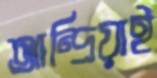
আন্দ্রিয়াই